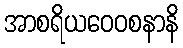
အာစရိယဝေဝစနာနိ